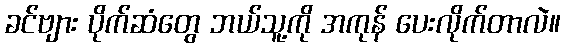
ခင်ဗျား ပိုက်ဆံတွေ ဘယ်သူ့ကို အကုန် ပေးလိုက်တာလဲ။